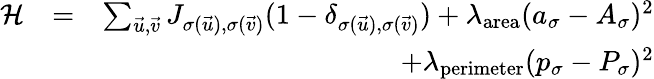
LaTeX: \begin{array}{rlr}{\mathcal{H}}&{=}&{\sum_{\vec{u},\vec{v}}J_{\sigma(\vec{u}),\sigma(\vec{v})}(1-\delta_{\sigma(\vec{u}),\sigma(\vec{v})})+\lambda_{\mathrm{area}}(a_{\sigma}-A_{\sigma})^{2}}\\ &{}&{+\lambda_{\mathrm{perimeter}}(p_{\sigma}-P_{\sigma})^{2}}\end{array}